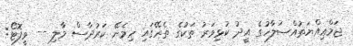
ޖަމްޢިއްޔަތުއްޞަލާހުގެ އީދު ކުޅިވަރު ތަކުގެ ތެރޭގައި ހިމެނޭ ކަރުދާސް މާލި -- ވީފޮޓޯ: